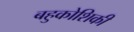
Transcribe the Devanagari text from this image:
बहुकोशिकी